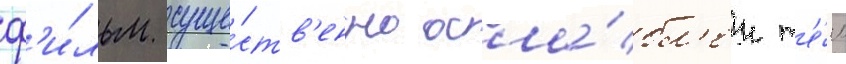
ф'и́льм суще́ств'енно осла́бл'ен т'е́м